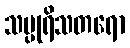
သပ္ပုရိသတရော